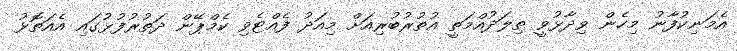
އެމަނިކުފާނު މިހެން ވިދާޅުވީ ތިލަދުއްމަތީ އުތުރުބުރިއަށް މިއަދު ފެއްޓެވި ކެމްޕޭން ދަތުރުފުޅުގައި އެއަތޮޅު